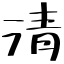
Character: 清